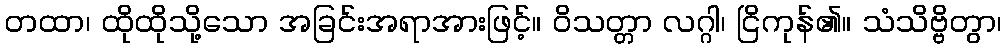
တထာ၊ ထိုထိုသို့သော အခြင်းအရာအားဖြင့်။ ဝိသတ္တာ လဂ္ဂါ၊ ငြိကုန်၏။ သံသိဗ္ဗိတွာ၊